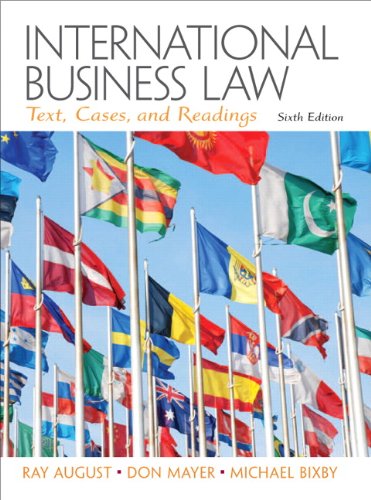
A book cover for International Business Law (6th Edition); Ray A. August; Law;